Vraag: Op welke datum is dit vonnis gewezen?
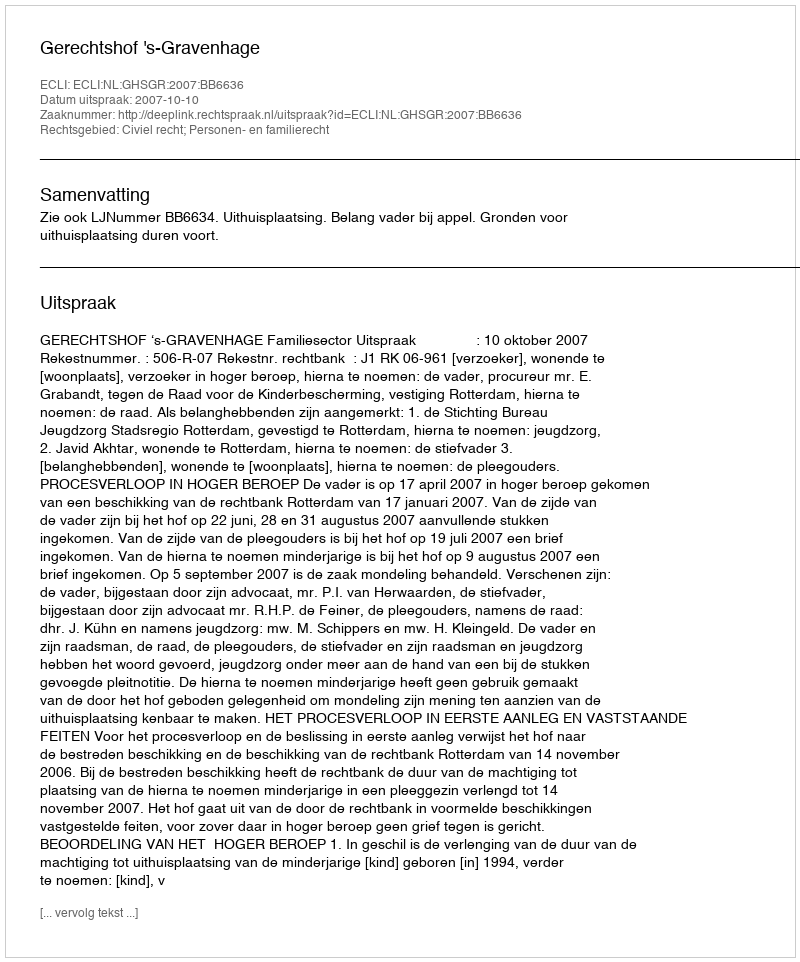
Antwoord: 2007-10-10